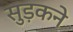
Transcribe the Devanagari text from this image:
सुड़कने